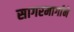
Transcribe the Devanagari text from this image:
सागरमार्गाने